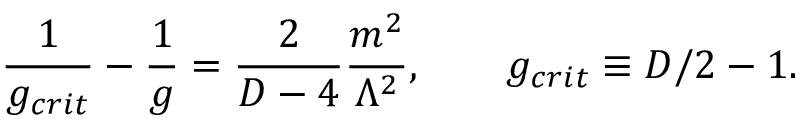
\frac { 1 } { g _ { c r i t } } - \frac { 1 } { g } = \frac { 2 } { D - 4 } \frac { m ^ { 2 } } { \Lambda ^ { 2 } } , \qquad g _ { c r i t } \equiv D / 2 - 1 .